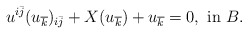
\begin{align*} u^{i\bar{j}}(u_{\overline k})_{i\bar{j}}+X(u_{\overline k})+u_{\overline k}=0,~ {\rm in }~ B.\end{align*}